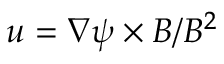
u = \nabla \psi \times B / B ^ { 2 }